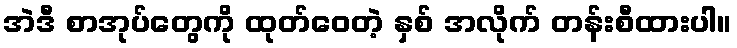
အဲဒီ စာအုပ်တွေကို ထုတ်ဝေတဲ့ နှစ် အလိုက် တန်းစီထားပါ။